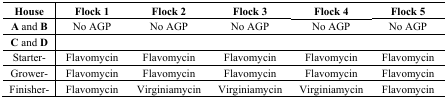
| House | Flock 1 | Flock 2 | Flock 3 | Flock 4 | Flock 5 |
 | --- | --- | --- | --- | --- | --- |
 | A and B | No AGP | No AGP | No AGP | No AGP | No AGP |
 | C and D |  |  |  |  |  |
 | Starter- | Flavomycin | Flavomycin | Flavomycin | Flavomycin | Flavomycin |
 | Grower- | Flavomycin | Flavomycin | Flavomycin | Flavomycin | Flavomycin |
 | Finisher- | Flavomycin | Virginiamycin | Virginiamycin | Virginiamycin | Flavomycin |